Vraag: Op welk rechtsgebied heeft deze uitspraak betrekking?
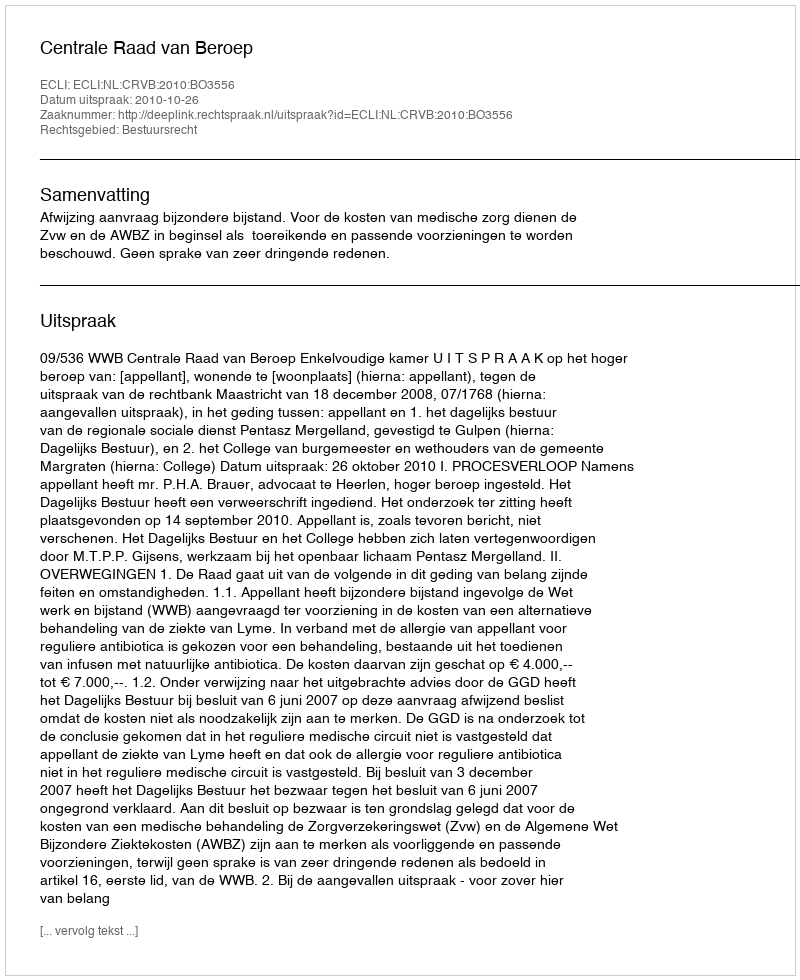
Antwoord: Bestuursrecht